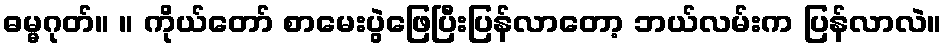
ဓမ္မဂုတ်။ ။ ကိုယ်တော် စာမေးပွဲဖြေပြီးပြန်လာတော့ ဘယ်လမ်းက ပြန်လာလဲ။